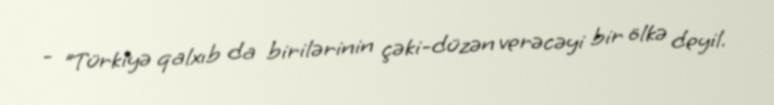
- "Türkiyə qalxıb da birilərinin çəki-düzən verəcəyi bir ölkə deyil.